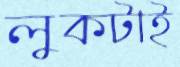
লুকটাই